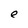
Character: e